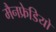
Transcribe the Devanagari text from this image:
मैनफ्रेडियो